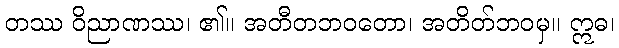
တဿ ဝိညာဏဿ၊ ၏။ အတီတဘဝတော၊ အတိတ်ဘဝမှ။ ဣဓ၊